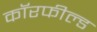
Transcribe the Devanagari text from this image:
कॉरफील्ड